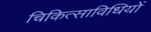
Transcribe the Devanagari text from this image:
चिकित्साविधियों